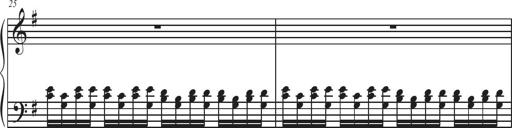
Title: Sonatina Espania
Composer: Jerald Franklin Archer
Key: Various